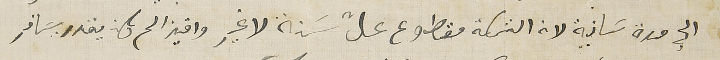
الي مرة تانية لان التسكة مقطوع عالت سَنة لا غير واخينا لم يكن يقدر يسَافر